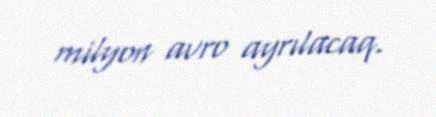
milyon avro ayrılacaq.